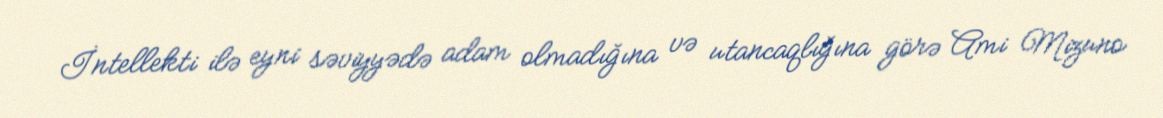
İntellekti ilə eyni səviyyədə adam olmadığına və utancaqlığına görə Ami Mizuno